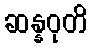
ဆန္နဝုတိ